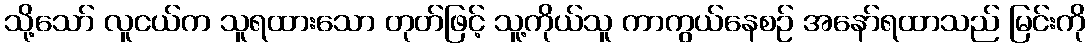
သို့သော် လူငယ်က သူရထားသော တုတ်ဖြင့် သူ့ကိုယ်သူ ကာကွယ်နေစဉ် အနော်ရထာသည် မြင်းကို